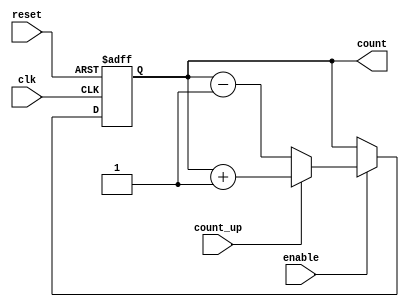
module cascaded_counter (
    input wire clk,          // Clock input
    input wire reset,        // Asynchronous reset
    input wire enable,       // Enable signal
    input wire count_up,     // Count up control signal
    output reg [3:0] count   // 4-bit counter output
);

    // Internal signals for cascading flip-flops
    reg [3:0] next_count;

    always @(posedge clk or posedge reset) begin
        if (reset) begin
            count <= 4'b0000; // Reset the counter to 0
        end else if (enable) begin
            count <= next_count; // Update the counter
        end
    end

    always @(*) begin
        if (enable) begin
            if (count_up) begin
                next_count = count + 1; // Increment count
            end else begin
                next_count = count - 1; // Decrement count
            end
        end else begin
            next_count = count; // Hold current state if not enabled
        end
    end

endmodule